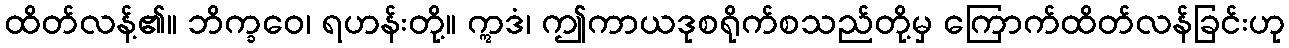
ထိတ်လန့်၏။ ဘိက္ခဝေ၊ ရဟန်းတို့။ ဣဒံ၊ ဤကာယဒုစရိုက်စသည်တို့မှ ကြောက်ထိတ်လန်ခြင်းဟု